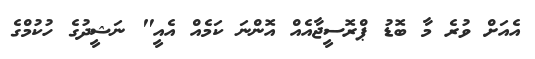
އެއަށް ވުރެ މާ ބޮޑު ޕްރޮސީޖާއެއް އޮންނަ ކަމެއް އެއީ" ނަޝީދުގެ ހުކުމްގެ